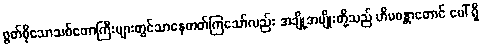
စွတ်စိုသောသစ်တောကြီးများတွင်သာနေတတ်ကြသော်လည်း အချို့အမျိုးတို့သည် ဟိမဝန္တာတောင် ပေါ် ရှိ